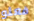
فعلو